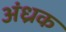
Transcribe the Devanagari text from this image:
अंध्रक